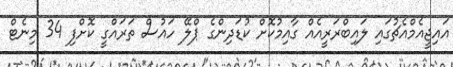
އައިޖީއެމްއެޗުގައި ލައިބްރަރީއެއް ގާއިމުކޮށް ކުޑަދިންގެ ޕްލޭ ހައުސް ތަރައްގީ ކޮށްފި 34 މިނެޓް